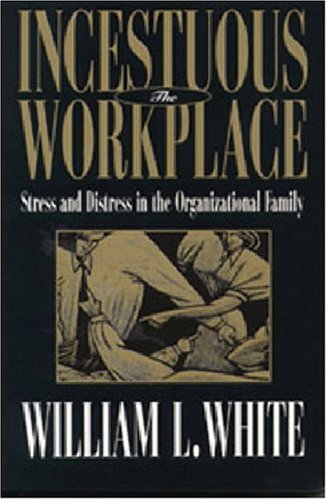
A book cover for Incestuous Workplace: Stress and Distress in the Organizational Family; William L. White  M.A.; Business & Money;